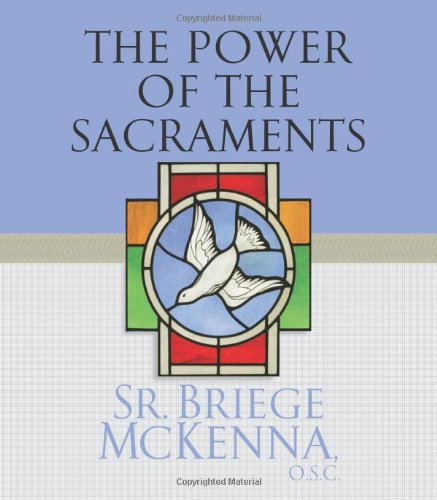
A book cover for The Power of the Sacraments; Sr. Briege Mc Kenna O.S.C.; Christian Books & Bibles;